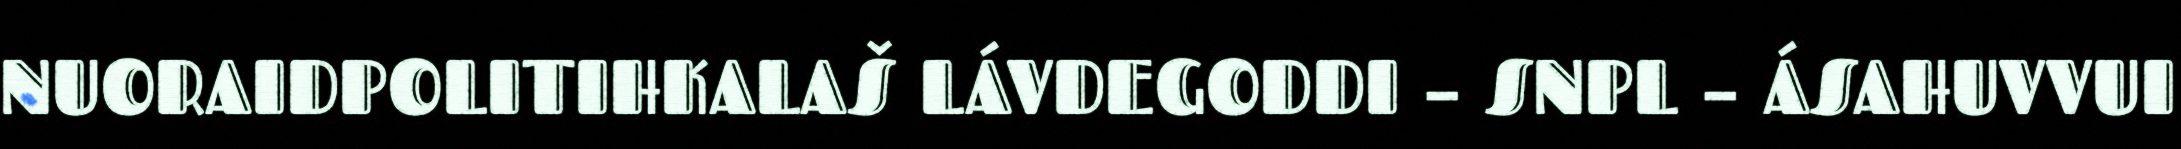
NUORAIDPOLITIHKALAŠ LÁVDEGODDI – SNPL – ÁSAHUVVUI